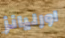
اورليانز